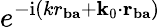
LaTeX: e^{-\mathrm{i}(kr_{\mathbf{ba}}+\mathbf{k}_{0}\cdot\mathbf{r}_{\mathbf{ba}})}